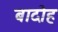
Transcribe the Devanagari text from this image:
बादोह